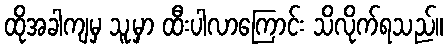
ထိုအခါကျမှ သူ့မှာ ထီးပါလာကြောင်း သိလိုက်ရသည်။